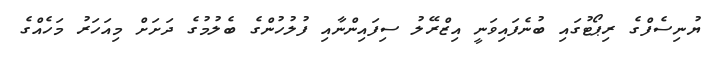
ޔުނިސެފްގެ ރިޕޯޓުގައި ބުނެފައިވަނީ އިޒްރޭލު ސިފައިންނާއި ފުލުހުންގެ ބެލުމުގެ ދަށަށް މިއަހަރު މަހެއްގެ